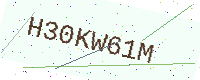
Text: H30KW61M